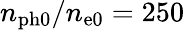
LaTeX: n_{\mathrm{ph0}}/n_{\mathrm{e0}}=250